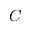
C